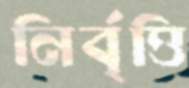
নির্বৃত্তি